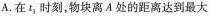
A.在t_{1}时刻，物块离A处的距离达到最大